Lunatic asylums United Provinces 1899-1908 - 1899-1908
Year: 1899
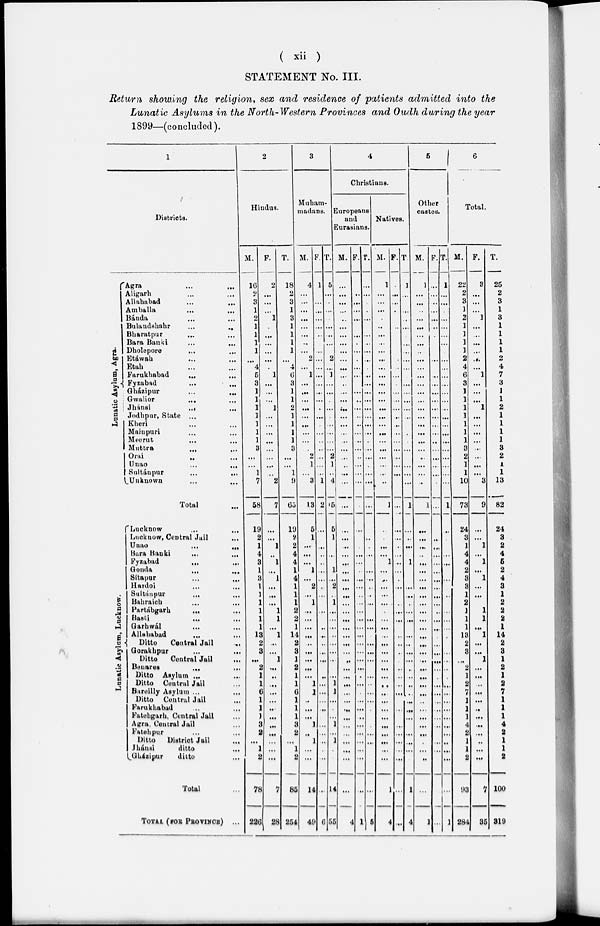
( xii )
STATEMENT No. III.
Return showing the religion, sex and residence of patients admitted into the
Lunatic Asylums in the North-Western Provinces and Oudh during the year
1899—(concluded).
1
Districts.
Lunatic Asylum, Agra.
Agra
...
...
Aligarh ... ...
Allahabad ... ...
Amballa ... ...
Bánda ... ...
Bulandshahr
...
...
Bharatpur ... ...
Bara Banki
...
...
Dholepore ... ...
Etáwah ... ...
Etah ... ...
Farukhabad ... ...
Fyzabad
...
...
Gházipur
...
...
Gwalior ... ...
Jhánsi
...
...
Jodhpur, State ...
Kheri ... ...
Mainpuri ... ...
Meerut ... ...
Muttra ... ...
Oral ... ...
Unao ... ...
Snltánpur ... ...
Unknown ... ...
Total ...
Lunatic Asylum, Lucknow.
Lucknow ... ...
Lucknow, Central Jail ...
Unao
...
...
Bara Banki
...
...
Fyzabad ... ...
Gonda ... ...
Sítapur ... ...
Hardoi ... ...
Sultánpur ... ...
Bahraich ... ...
Partábgarh ... ...
Basti ... ...
Garhwál ... ...
Allahabad ... ...
Ditto
Central Jail ...
Gorakhpur
...
...
Ditto
Central Jail ...
Benares ... ...
Ditto Asylum ... ...
Ditto Central Jail ...
Bareilly Asylum ... ...
Ditto Central Jail ...
Farukhabad ... ...
Fatehgarh. Central Jail ...
Agra, Central Jail ...
Fatehpur ... ...
Ditto
District Jail ...
Jháusi
ditto ...
Gházipur
ditto ...
Total ...
TOTAL (FOR PROVINCE )
...
2
Hindus.
M.
16
2
3
1
2
1
1
1
1
...
4
5
3
1
1
1
1
1
1
1
3
...
...
1
7
58
19
2
1
4
3
1
3
1
1
1
1
1
1
13
2
3
...
2
1
1
6
1
1
J
3
2
...
1
2
78
226
F.
2
...
...
...
1
...
...
...
...
.
1
...
...
...
1
...
...
...
...
...
...
...
...
2
7
...
...
1
...
1
...
1
...
...
...
1
1
...
1
...
...
1
...
...
...
...
...
...
...
...
...
...
...
...
7
28
T.
18
2
3
1
3
1
1
1
1
...
4
6
3
1
1
2
1
1
1
1
3
...
...
1
9
65
19
2
2
4
4
1
4
1
1
1
2
2
1
14
2
3
1
2
1
1
6
1
1
1
3
2
...
1
2
85
254
3
Muham-
nadans.
M.
4
...
...
...
...
...
...
...
...
2
...
1
...
...
...
...
...
...
...
...
...
2
1
...
3
13
5
1
...
...
...
1
...
2
...
1
...
...
...
...
...
...
...
...
...
1
1
...
...
...
1
...
1
...
...
14
49
F.
1
...
...
...
...
...
...
...
...
...
...
...
...
...
...
...
...
...
...
...
...
...
...
...
1
2
...
...
...
...
...
...
...
...
...
...
...
...
...
...
...
...
...
...
...
...
...
...
...
...
...
...
...
...
...
6
T.
5
...
...
...
...
...
...
...
2
...
1
...
...
...
...
...
...
...
...
...
2
1
...
4
5
5
1
...
1
...
2
...
1
...
...
...
...
...
...
...
...
1
1
...
...
...
1
...
1
...
14
55
4
Christians.
Europeans
and
Eurasians.
M.
...
...
...
...
...
...
...
...
...
...
...
...
...
...
...
...
...
...
...
...
...
...
...
...
...
...
...
...
...
...
...
...
...
...
...
...
...
...
...
...
...
...
...
...
...
...
...
...
...
...
...
...
...
...
...
...
4
F.
...
...
...
...
...
...
...
...
...
...
...
...
...
...
...
...
...
...
...
...
...
...
...
...
...
...
...
...
...
...
...
...
...
...
...
...
...
...
...
...
...
...
...
...
...
...
...
...
...
...
...
...
...
...
...
...
1
T.
...
...
...
...
...
...
...
...
...
...
...
...
...
...
...
...
...
...
...
...
...
...
...
...
...
...
...
...
...
...
...
...
...
...
...
...
...
...
...
...
...
...
...
...
...
...
...
...
...
...
...
...
...
...
...
...
5
Natives.
M.
1
...
...
...
...
...
...
...
...
...
...
...
...
......
...
...
...
...
...
...
...
...
...
...
...
1
...
...
...
...
1
...
...
...
...
...
...
...
...
...
...
...
...
...
...
...
...
...
...
...
...
...
...
...
...
1
4
F.
...
...
...
...
...
...
...
...
...
...
...
...
...
...
...
...
...
...
...
...
...
...
...
...
...
...
...
...
...
...
...
...
...
...
...
...
...
...
...
...
...
...
...
...
...
...
...
...
...
...
...
...
...
...
...
...
...
T.
1
...
...
...
...
...
...
...
...
...
...
...
...
...
...
...
...
...
...
...
...
...
...
...
...
1
...
...
...
...
1
...
...
...
...
...
...
...
...
...
...
...
...
...
...
...
...
...
...
...
...
...
...
...
...
1
4
5
Other
castes.
M.
1
...
...
...
...
...
...
...
...
...
...
...
...
...
...
...
...
...
...
...
...
...
...
...
...
...
...
...
...
...
...
...
...
...
...
...
...
...
...
...
...
...
...
...
...
...
...
...
...
...
...
...
...
...
...
...
1
F.
...
...
...
...
...
...
...
...
...
...
...
...
...
...
...
...
...
...
...
...
...
...
...
...
...
...
...
...
...
...
...
...
...
...
...
...
...
...
...
...
...
...
...
...
...
...
...
...
...
...
...
...
...
...
...
...
...
T.
1
...
...
...
...
...
...
...
...
...
...
...
...
...
...
...
...
...
...
...
...
...
...
...
...
1
...
...
...
...
...
...
...
...
...
...
...
...
...
...
...
...
...
...
...
...
...
...
...
...
...
...
...
...
...
...
1
6
Total.
M.
22
2
3
1
2
1
1
1
1
2
4
6
3
1
1
1
1
1
1
1
3
2
1
1
10
73
24
3
1
4
4
2
3
3
1
2
1
1
1
13
2
3
...
2
1
2
7
1
1
1
4
2
1
1
2
93
284
F.
3
...
...
...
1
...
...
...
...
...
...
1
...
...
...
1
...
...
...
...
...
...
...
...
3
9
...
...
1
...
1
...
1
...
...
...
1
1
...
1
...
...
1
...
...
...
...
...
...
...
...
...
...
...
...
7
35
T.
25
2
3
1
3
1
1
1
1
2
4
7
3
1
1
2
1
1
1
1
3
2
1
1
13
82
24
3
2
4
5
2
4
3
1
2
2
2
1
14
2
3
1
2
1
2
7
1
1
1
4
2
1
1
2
100
319